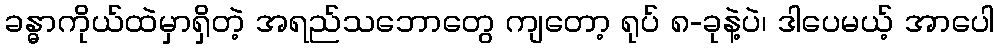
ခန္ဓာကိုယ်ထဲမှာရှိတဲ့ အရည်သဘောတွေ ကျတော့ ရုပ် ၈-ခုနဲ့ပဲ၊ ဒါပေမယ့် အာပေါ